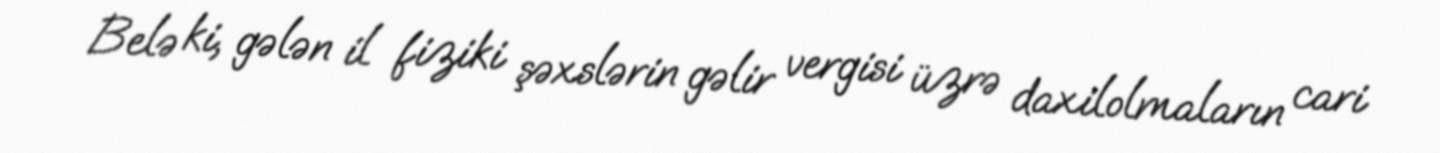
Belə ki, gələn il fiziki şəxslərin gəlir vergisi üzrə daxilolmaların cari